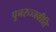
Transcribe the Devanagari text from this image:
पुनरुज्जवीति